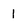
Character: 1